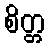
စိတ္တ